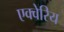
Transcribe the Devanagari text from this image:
एक्वेरिय